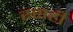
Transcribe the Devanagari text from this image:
रसही